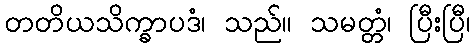
တတိယသိက္ခာပဒံ၊ သည်။ သမတ္တံ၊ ပြီးပြီ၊